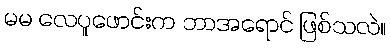
မမ လေပူဖောင်းက ဘာအရောင် ဖြစ်သလဲ။